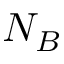
N _ { B }